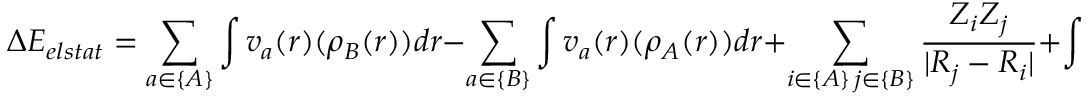
\Delta E _ { e l s t a t } = \sum _ { a \in \{ A \} } \int v _ { a } ( r ) ( \rho _ { B } ( r ) ) d r - \sum _ { a \in \{ B \} } \int v _ { a } ( r ) ( \rho _ { A } ( r ) ) d r + \sum _ { \substack { i \in \{ A \} \, j \in \{ B \} } } \frac { Z _ { i } Z _ { j } } { | R _ { j } - R _ { i } | } + \int \int \frac { ( \rho _ { A } ( r _ { 1 } ) \rho _ { B } ( r _ { 2 } ) ) } { | r _ { 1 } - r _ { 2 } | } d r _ { 1 } d r _ { 2 }